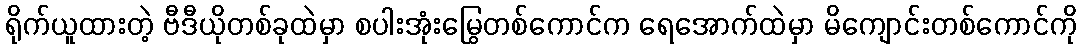
ရိုက်ယူထားတဲ့ ဗီဒီယိုတစ်ခုထဲမှာ စပါးအုံးမြွေတစ်ကောင်က ရေအောက်ထဲမှာ မိကျောင်းတစ်ကောင်ကို